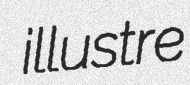
illustre